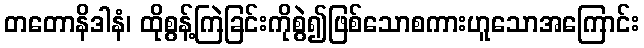
တတောနိဒါနံ၊ ထိုစွန့်ကြဲခြင်းကိုစွဲ၍ဖြစ်သောစကားဟူသောအကြောင်း